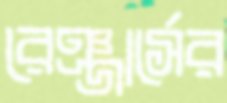
রেঞ্জার্সের